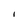
Character: I